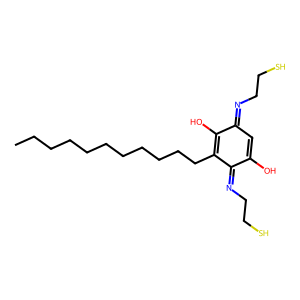
SMILES: CCCCCCCCCCCC1=C(O)C(=NCCS)C=C(O)C1=NCCS
Inhibits HIV replication: No